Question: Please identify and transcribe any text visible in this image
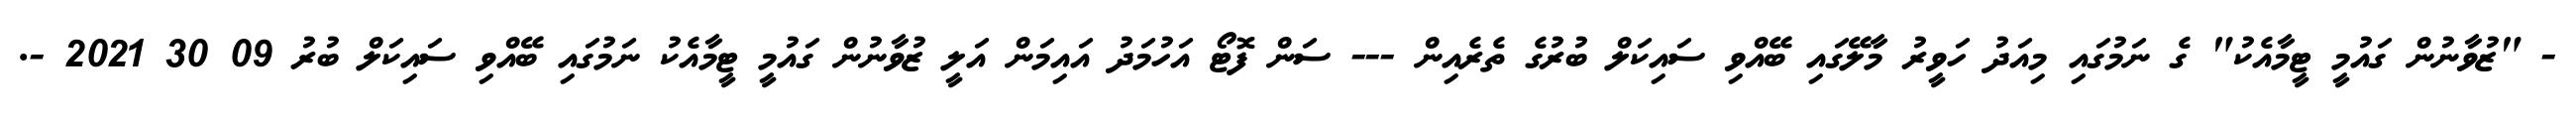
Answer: - "ޒުވާނުން ގައުމީ ޓީމާއެކު" ގެ ނަމުގައި މިއަދު ހަވީރު މާލޭގައި ބޭއްވި ސައިކަލް ބުރުގެ ތެރެއިން --- ސަން ފޮޓޯ އަހުމަދު އައިމަން އަލީ ޒުވާނުން ގައުމީ ޓީމާއެކު ނަމުގައި ބޭއްވި ސައިކަލް ބުރު 09 30 2021 -.